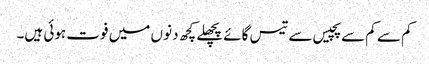
کم سے کم سے پچیس سے تیس گائے پچھلے کچھ دنو ں میں فوت ہوئی ہیں۔